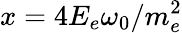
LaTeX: x=4E_{e}\omega_{0}/m_{e}^{2}